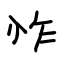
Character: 怍